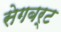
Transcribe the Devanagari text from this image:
सेगबर्ट